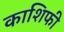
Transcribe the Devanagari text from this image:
काशिफी